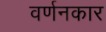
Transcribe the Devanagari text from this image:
वर्णनकार